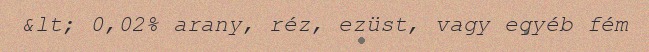
&lt; 0,02% arany, réz, ezüst, vagy egyéb fém